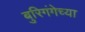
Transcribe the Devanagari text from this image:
बुरिगंगेच्या